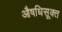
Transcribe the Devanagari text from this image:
औषधिसूक्त